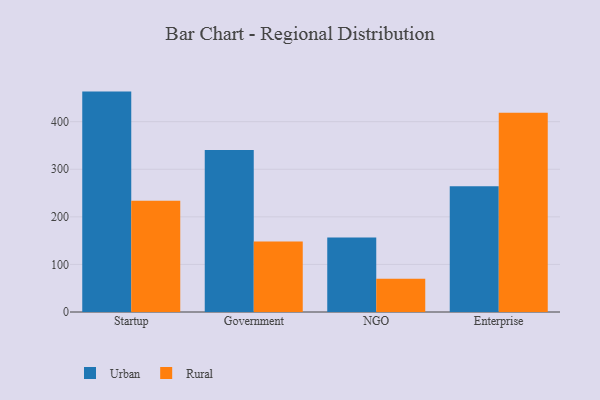
{"axis": {"x": "Segment", "y": "Waste Production (Tons)"}, "legend": ["Rural", "Urban"], "data": [{"x": "Startup", "y": 463.2, "type": "Urban"}, {"x": "Startup", "y": 233.9, "type": "Rural"}, {"x": "Government", "y": 340.3, "type": "Urban"}, {"x": "Government", "y": 148.3, "type": "Rural"}, {"x": "NGO", "y": 156.7, "type": "Urban"}, {"x": "NGO", "y": 69.7, "type": "Rural"}, {"x": "Enterprise", "y": 264.1, "type": "Urban"}, {"x": "Enterprise", "y": 418.6, "type": "Rural"}]}